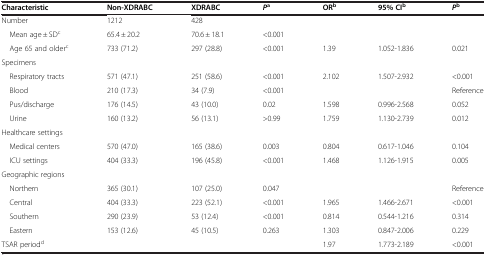
<table><thead><tr><td><b>Characteristic</b></td><td><b>Non-XDRABC</b></td><td><b>XDRABC</b></td><td><b><i>P</i><sup>a</sup></b></td><td><b>OR<sup>b</sup></b></td><td><b>95% CI<sup>b</sup></b></td><td><b><i>P</i><sup>b</sup></b></td></tr></thead><tbody><tr><td>Number</td><td>1212</td><td>428</td><td> </td><td> </td><td> </td><td> </td></tr><tr><td> Mean age ± SD<sup>c</sup></td><td>65.4 ± 20.2</td><td>70.6 ± 18.1</td><td>&lt;0.001</td><td> </td><td> </td><td> </td></tr><tr><td> Age 65 and older<sup>c</sup></td><td>733 (71.2)</td><td>297 (28.8)</td><td>&lt;0.001</td><td>1.39</td><td>1.052-1.836</td><td>0.021</td></tr><tr><td colspan="7">Specimens</td></tr><tr><td> Respiratory tracts</td><td>571 (47.1)</td><td>251 (58.6)</td><td>&lt;0.001</td><td>2.102</td><td>1.507-2.932</td><td>&lt;0.001</td></tr><tr><td> Blood</td><td>210 (17.3)</td><td>34 (7.9)</td><td>&lt;0.001</td><td> </td><td> </td><td>Reference</td></tr><tr><td> Pus/discharge</td><td>176 (14.5)</td><td>43 (10.0)</td><td>0.02</td><td>1.598</td><td>0.996-2.568</td><td>0.052</td></tr><tr><td> Urine</td><td>160 (13.2)</td><td>56 (13.1)</td><td>&gt;0.99</td><td>1.759</td><td>1.130-2.739</td><td>0.012</td></tr><tr><td colspan="7">Healthcare settings</td></tr><tr><td> Medical centers</td><td>570 (47.0)</td><td>165 (38.6)</td><td>0.003</td><td>0.804</td><td>0.617-1.046</td><td>0.104</td></tr><tr><td> ICU settings</td><td>404 (33.3)</td><td>196 (45.8)</td><td>&lt;0.001</td><td>1.468</td><td>1.126-1.915</td><td>0.005</td></tr><tr><td colspan="7">Geographic regions</td></tr><tr><td> Northern</td><td>365 (30.1)</td><td>107 (25.0)</td><td>0.047</td><td> </td><td> </td><td>Reference</td></tr><tr><td> Central</td><td>404 (33.3)</td><td>223 (52.1)</td><td>&lt;0.001</td><td>1.965</td><td>1.466-2.671</td><td>&lt;0.001</td></tr><tr><td> Southern</td><td>290 (23.9)</td><td>53 (12.4)</td><td>&lt;0.001</td><td>0.814</td><td>0.544-1.216</td><td>0.314</td></tr><tr><td> Eastern</td><td>153 (12.6)</td><td>45 (10.5)</td><td>0.263</td><td>1.303</td><td>0.847-2.006</td><td>0.229</td></tr><tr><td>TSAR period<sup>d</sup></td><td> </td><td> </td><td> </td><td>1.97</td><td>1.773-2.189</td><td>&lt;0.001</td></tr></tbody></table>